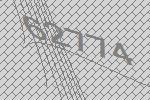
62774